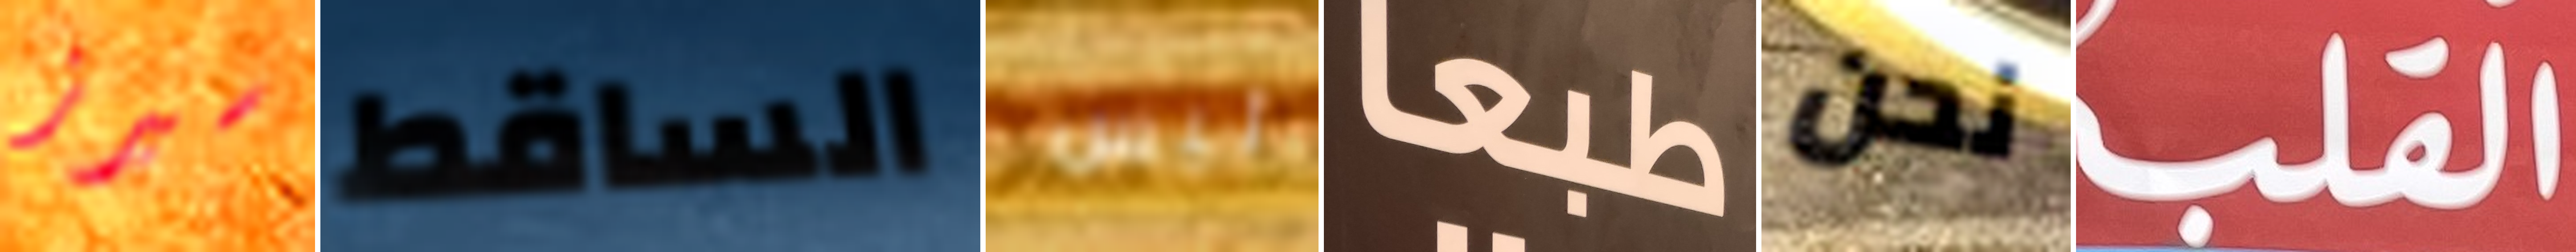
سيرز الساقط ليس طبعا نحن القلب